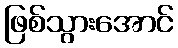
ဖြစ်သွားအောင်